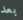
بعد